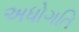
અધોગતિ